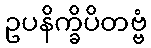
ဥပနိက္ခိပိတဗ္ဗံ